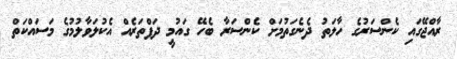
ރާއްޖޭގައި ކެންސަރުގެ ހާލަތު ދެނެގަތުމަށް ކެންސަރާ ބެހޭ ގައުމީ ދަފްތަރެއް އެކުލަވާލުމުގެ މަސައްކަތް